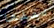
نقلها